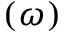
( \omega )